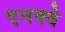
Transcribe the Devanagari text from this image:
एनक्वे